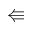
\Lleftarrow